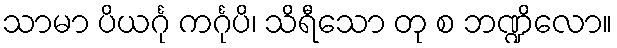
သာမာ ပိယင်္ဂု ကင်္ဂုပိ၊ သိရီသော တု စ ဘဏ္ဍိလော။